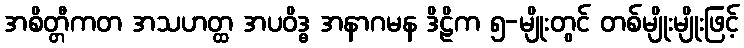
အစိတ္တီကတ အသဟတ္ထ အပဝိဒ္ဓ အနာဂမန ဒိဠိက ၅-မျိုးတွင် တစ်မျိုးမျိုးဖြင့်